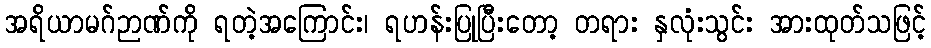
အရိယာမဂ်ဉာဏ်ကို ရတဲ့အကြောင်း၊ ရဟန်းပြုပြီးတော့ တရား နှလုံးသွင်း အားထုတ်သဖြင့်